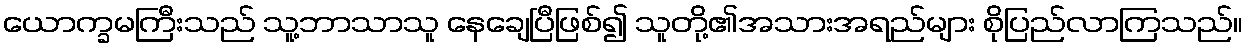
ယောက္ခမကြီးသည် သူ့ဘာသာသူ နေချေပြီဖြစ်၍ သူတို့၏အသားအရည်များ စိုပြည်လာကြသည်။